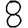
Digit: 8